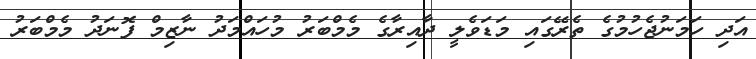
އަދި ހަމަނުޖެހުމުގެ ތެރޭގައި މަޑަވެލީ ދާއިރާގެ މެމްބަރު މުހައްމަދު ނާޒިމް ފޮނަދު މެމްބަރު